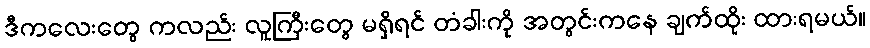
ဒီကလေးတွေ ကလည်း လူကြီးတွေ မရှိရင် တံခါးကို အတွင်းကနေ ချက်ထိုး ထားရမယ်။